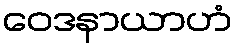
ဝေဒနာယာဟံ